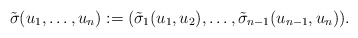
\begin{align*}\tilde{\sigma}(u_1,\dots,u_n) := (\tilde{\sigma}_1(u_1,u_2),\dots, \tilde{\sigma}_{n-1}(u_{n-1},u_n)).\end{align*}